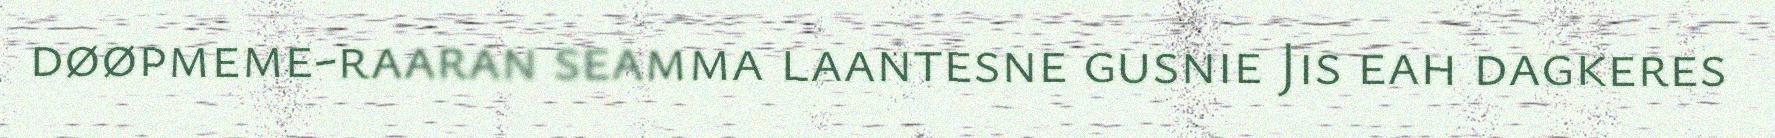
døøpmeme-raaran seamma laantesne gusnie Jis eah dagkeres